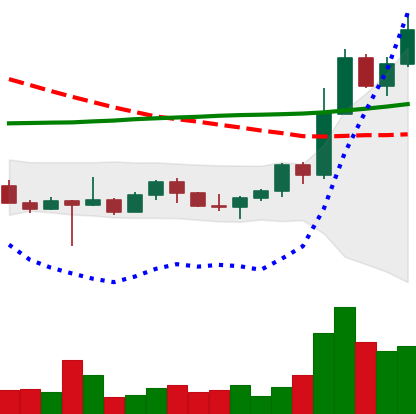
Ticker: ETH-USD
Chart end date: 2022-10-29
Forward return: -5.443%
Label: down_5_7